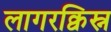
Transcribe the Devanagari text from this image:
लागरक्विस्न